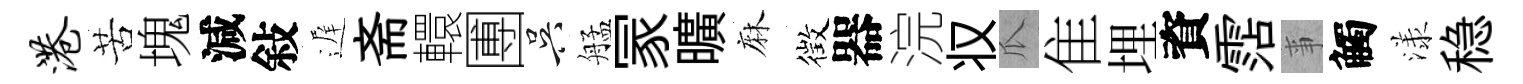
港苦塊減敍遅斋轘圑吴艋冡曠麻徴器浣𠬧瓜隹埋資霑亊觸漾稳